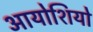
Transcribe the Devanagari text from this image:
आयोशियो